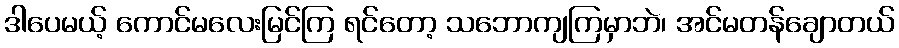
ဒါပေမယ့် ကောင်မလေးမြင်ကြ ရင်တော့ သဘောကျကြမှာဘဲ၊ အင်မတန်ချောတယ်